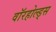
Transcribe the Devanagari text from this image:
वॉरहोल्ड्स